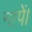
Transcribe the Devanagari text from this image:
नापें।